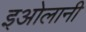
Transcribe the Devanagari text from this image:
इओलानी